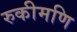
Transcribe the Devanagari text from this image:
रुकीमणि